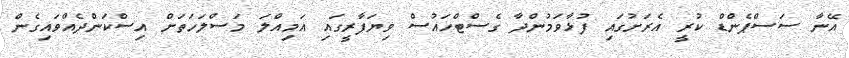
އޭނާ ސަސްޕެންޑް ކުރީ އެރަށުގައި ފުޅާވަމުންދާ ގެސްޓްހައުސް ވިޔަފާރީގައި އަމިއްލަ މަސްލަހަތަށް އިސްކަންދެއްވައިގެން